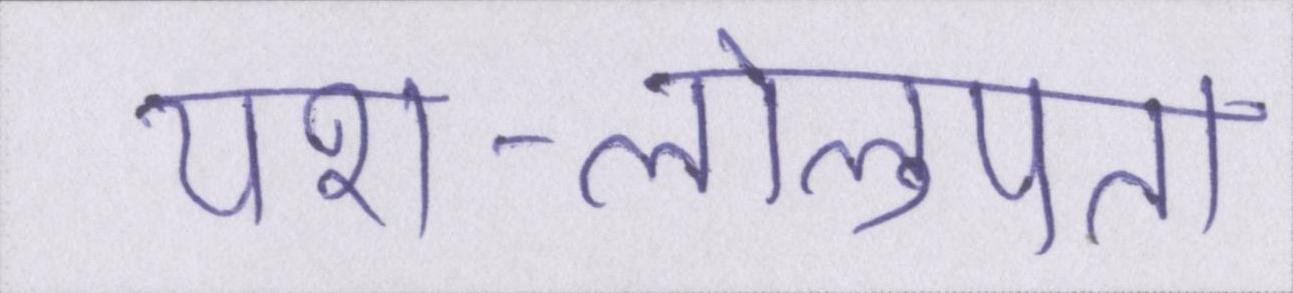
यश-लोलुपता